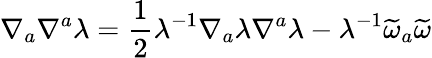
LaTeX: \nabla_{a}\nabla^{a}\lambda=\frac{1}{2}\lambda^{-1}\nabla_{a}\lambda\nabla^{a}\lambda-\lambda^{-1}\widetilde{\omega}_{a}\widetilde{\omega}